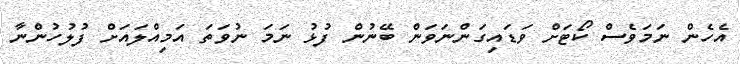
އެހެން ނަމަވެސް ކޯޓަށް ވަޑައިގަންނަވަން ބޭނުން ފުޅު ނަމަ ނުވަތަ އަމިއްލައަށް ފުލުހުންނާ